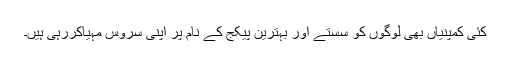
کئی کمپنیاں بھی لوگوں کو سستے اور بہترین پیکج کے نام پر اپنی سروس مہیاکررہی ہیں۔